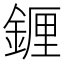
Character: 𬫭